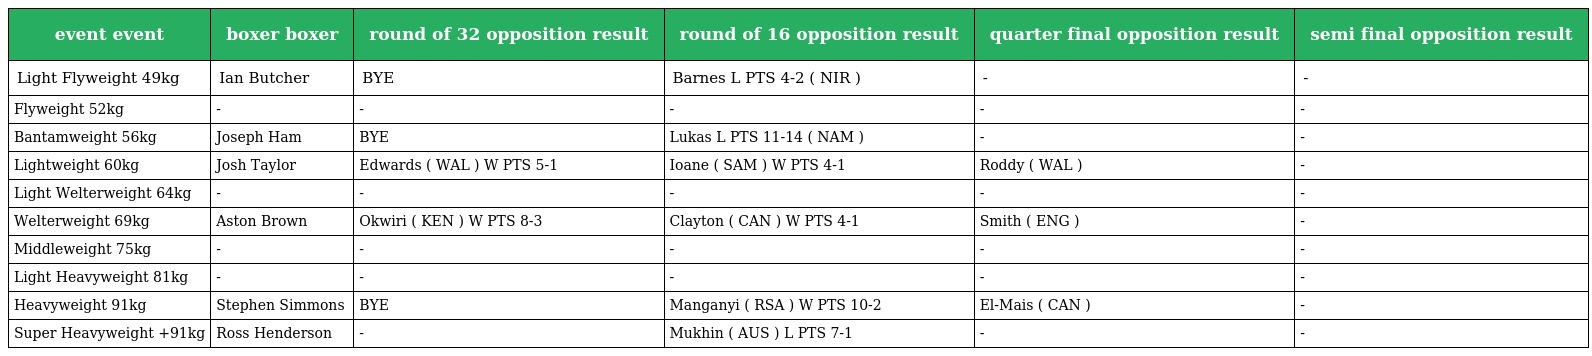
| event event | boxer boxer | round of 32 opposition result | round of 16 opposition result | quarter final opposition result | semi final opposition result |
 | --- | --- | --- | --- | --- | --- |
 | Light Flyweight 49kg | Ian Butcher | BYE | Barnes L PTS 4-2 ( NIR ) | - | - |
 | Flyweight 52kg | - | - | - | - | - |
 | Bantamweight 56kg | Joseph Ham | BYE | Lukas L PTS 11-14 ( NAM ) | - | - |
 | Lightweight 60kg | Josh Taylor | Edwards ( WAL ) W PTS 5-1 | Ioane ( SAM ) W PTS 4-1 | Roddy ( WAL ) | - |
 | Light Welterweight 64kg | - | - | - | - | - |
 | Welterweight 69kg | Aston Brown | Okwiri ( KEN ) W PTS 8-3 | Clayton ( CAN ) W PTS 4-1 | Smith ( ENG ) | - |
 | Middleweight 75kg | - | - | - | - | - |
 | Light Heavyweight 81kg | - | - | - | - | - |
 | Heavyweight 91kg | Stephen Simmons | BYE | Manganyi ( RSA ) W PTS 10-2 | El-Mais ( CAN ) | - |
 | Super Heavyweight +91kg | Ross Henderson | - | Mukhin ( AUS ) L PTS 7-1 | - | - |